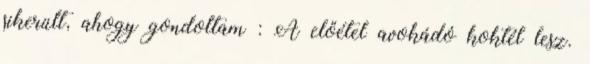
sikerült, ahogy gondoltam : A előétel avokádó koktél lesz.